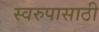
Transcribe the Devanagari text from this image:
स्वरुपासाठी